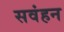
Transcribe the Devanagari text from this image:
सवंहन